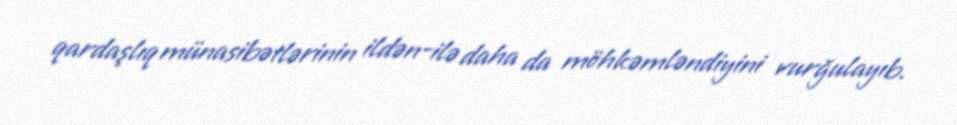
qardaşlıq münasibətlərinin ildən-ilə daha da möhkəmləndiyini vurğulayıb.